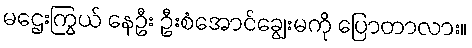
မဌေးကြွယ် နေဦး ဦးစံအောင်ချွေးမကို ပြောတာလား။